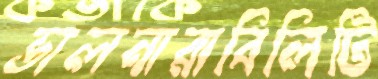
ভালনারাবিলিটি